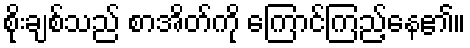
စိုးချစ်သည် စာအိတ်ကို ကြောင်ကြည့်နေ၏။